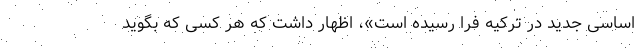
اساسی جدید در ترکیه فرا رسیده است»، اظهار داشت که هر کسی که بگوید